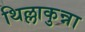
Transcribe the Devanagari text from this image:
थिल्लाकुन्ना